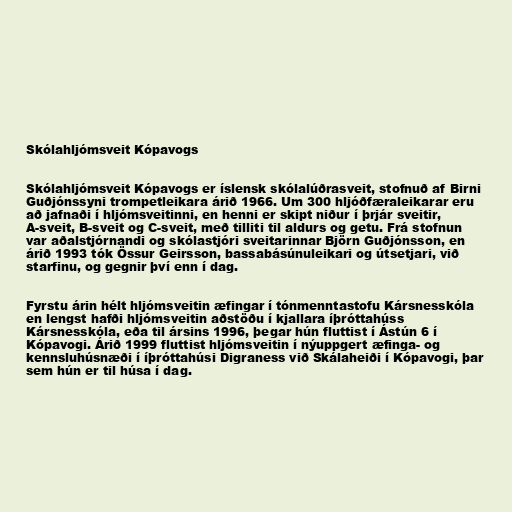
Skólahljómsveit Kópavogs

Skólahljómsveit Kópavogs er íslensk skólalúðrasveit, stofnuð af Birni
Guðjónssyni trompetleikara árið 1966. Um 300 hljóðfæraleikarar eru
að jafnaði í hljómsveitinni, en henni er skipt niður í þrjár sveitir,
A-sveit, B-sveit og C-sveit, með tilliti til aldurs og getu. Frá stofnun
var aðalstjórnandi og skólastjóri sveitarinnar Björn Guðjónsson, en
árið 1993 tók Össur Geirsson, bassabásúnuleikari og útsetjari, við
starfinu, og gegnir því enn í dag.

Fyrstu árin hélt hljómsveitin æfingar í tónmenntastofu Kársnesskóla
en lengst hafði hljómsveitin aðstöðu í kjallara íþróttahúss
Kársnesskóla, eða til ársins 1996, þegar hún fluttist í Ástún 6 í
Kópavogi. Árið 1999 fluttist hljómsveitin í nýuppgert æfinga- og
kennsluhúsnæði í íþróttahúsi Digraness við Skálaheiði í Kópavogi, þar
sem hún er til húsa í dag.